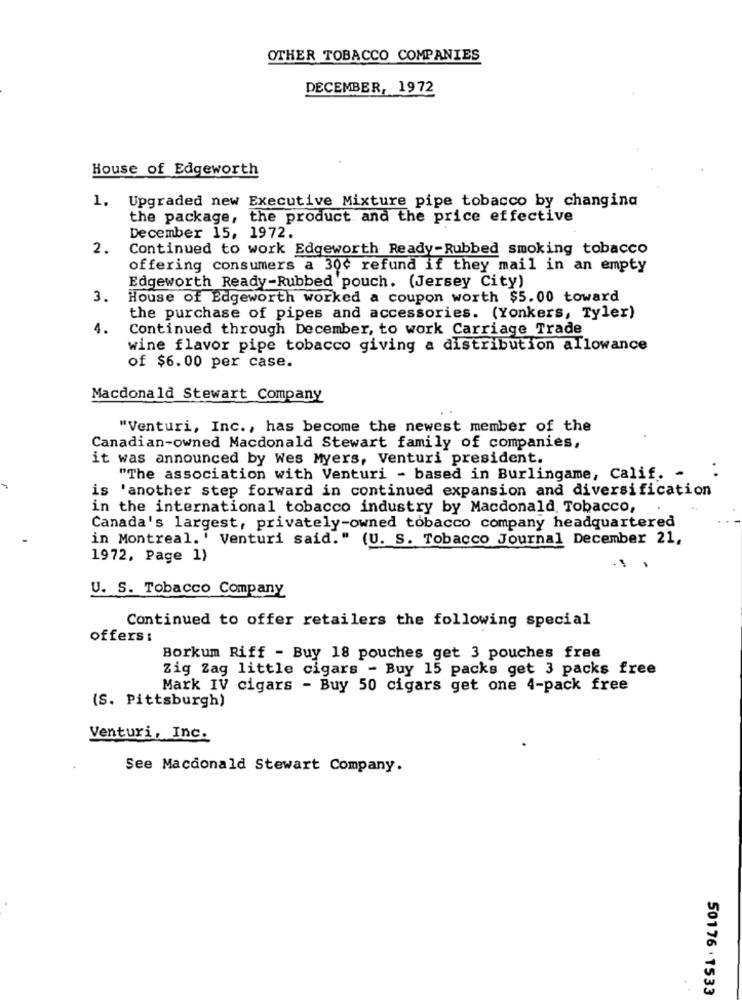
OTHER TOBACCO COMPANIES
DECEMBER, 1972
House of Edgeworth
1. Upgraded new Executive Mixture pipe tobacco by changing
the package, the product and the price effective
December 15, 1972.
2.
Continued to work Edgeworth Ready-Rubbed smoking tobacco
offering consumers a 30¢ refund if they mail in an empty
Edgeworth Ready-Rubbed pouch. (Jersey City)
3.
House of Edgeworth worked a coupon worth $5.00 toward
the purchase of pipes and accessories. (Yonkers, Tyler)
4.
Continued through December, to work Carriage Trade
wine flavor pipe tobacco giving a distribution allowance
of $6.00 per case.
Macdonald Stewart Company
"Venturi, Inc ., has become the newest member of the
Canadian-owned Macdonald Stewart family of companies,
it was announced by Wes Myers, Venturi president.
"The association with Venturi - based in Burlingame, Calif. -
is 'another step forward in continued expansion and diversification
in the international tobacco industry by Macdonald Tobacco,
Canada's largest, privately-owned tobacco company headquartered
in Montreal. ' Venturi said." (U. S. Tobacco Journal December 21,
1972, Page 1)
-1
.
U. S. Tobacco Company
Continued to offer retailers the following special
offers:
Borkum Riff - Buy 18 pouches get 3 pouches free
Zig Zag little cigars - Buy 15 packs get 3 packs free
Mark IV cigars - Buy 50 cigars get one 4-pack free
(S. Pittsburgh)
Venturi, Inc.
See Macdonald Stewart Company.
50176 . 1533